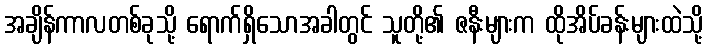
အချိန်ကာလတစ်ခုသို့ ရောက်ရှိသောအခါတွင် သူတို့၏ ဇနီးများက ထိုအိပ်ခန်းများထဲသို့